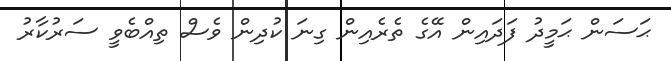
ޙަސަން ޙަމީދު ފަދައިން އޭގެ ތެރެއިން ގިނަ ކުދިން ވެސް ތިއްބެވީ ސަރުކާރު